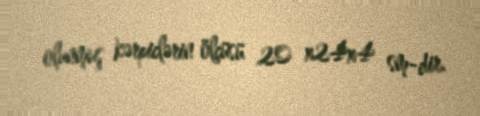
olunmuş kərpiclərin ölçüsü 20 x24x4 sm-dir.